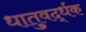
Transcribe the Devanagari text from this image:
धातुवर्द्धक